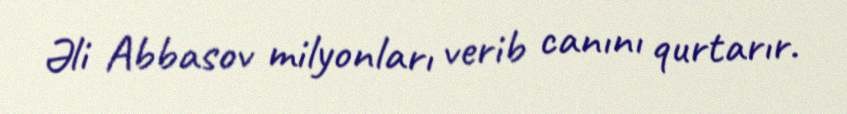
Əli Abbasov milyonları verib canını qurtarır.